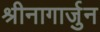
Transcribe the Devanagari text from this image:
श्रीनागार्जुन